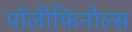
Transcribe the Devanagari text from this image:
पॉलीफिनोल्स